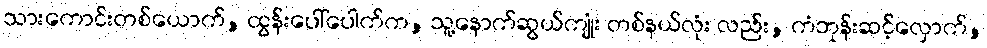
သားကောင်းတစ်ယောက်, ထွန်းပေါ်ပေါက်က, သူ့နောက်ဆွယ်ကျုံး တစ်နယ်လုံး လည်း, ကံဘုန်းဆင့်လှောက်,